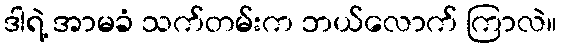
ဒါရဲ့ အာမခံ သက်တမ်းက ဘယ်လောက် ကြာလဲ။